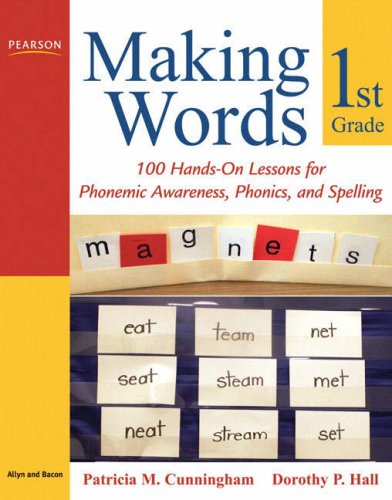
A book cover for Making Words First Grade: 100 Hands-On Lessons for Phonemic Awareness, Phonics and Spelling; Patricia M. Cunningham; Education & Teaching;